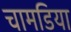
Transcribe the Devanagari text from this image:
चामडिया